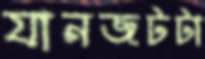
যানজটটা